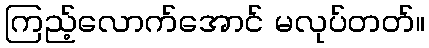
ကြည့်လောက်အောင် မလုပ်တတ်။